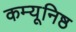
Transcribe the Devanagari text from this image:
कम्यूनिष्ठ